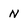
Character: N